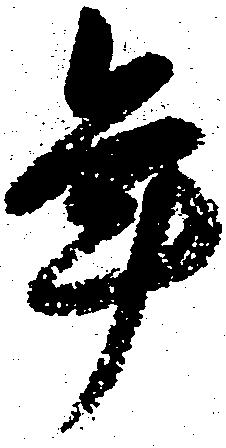
年